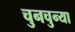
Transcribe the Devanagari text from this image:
चुनचुन्या